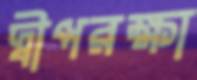
দ্বীপরক্ষা